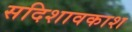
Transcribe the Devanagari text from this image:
सदिशावकाश